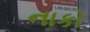
નાકો